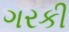
ગરકી